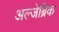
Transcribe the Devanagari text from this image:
अल्जेब्रिक